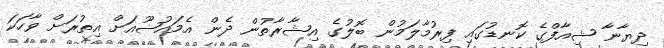
ދިޔާނާ ޝިއާފްގެ ކޮނޑުގައި ފިރުމާލަމުން ބޮލުގެ އިޝާރާތުން ދެން އެމައުޟޫއަށް އިތުރަށް ވާހަކަ